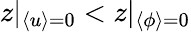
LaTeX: z|_{\langle u\rangle=0}<z|_{\langle\phi\rangle=0}